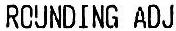
ROUNDING ADJ